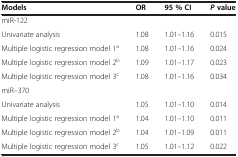
| Models | OR | 95 % CI | P value |
 | --- | --- | --- | --- |
 | miR-122 |  |  |  |
 | Univariate analysis | 1.08 | 1.01–1.16 | 0.015 |
 | Multiple logistic regression model 1a | 1.08 | 1.01–1.16 | 0.024 |
 | Multiple logistic regression model 2b | 1.09 | 1.01–1.17 | 0.023 |
 | Multiple logistic regression model 3c | 1.08 | 1.01–1.16 | 0.034 |
 | miR–370 |  |  |  |
 | Univariate analysis | 1.05 | 1.01–1.10 | 0.014 |
 | Multiple logistic regression model 1a | 1.04 | 1.01–1.10 | 0.011 |
 | Multiple logistic regression model 2b | 1.04 | 1.01–1.09 | 0.011 |
 | Multiple logistic regression model 3c | 1.05 | 1.01–1.12 | 0.022 |